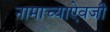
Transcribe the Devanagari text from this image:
नामाच्याऐवजी